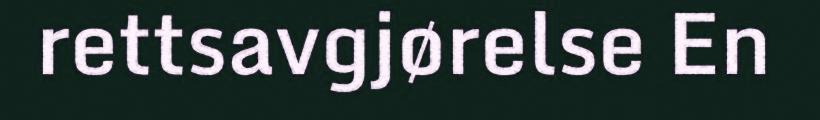
rettsavgjørelse En